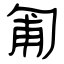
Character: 匍